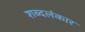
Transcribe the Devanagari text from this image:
शब्दलंकार